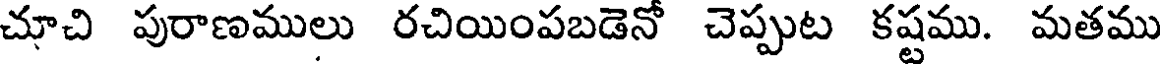
చూచి పురాణములు రచియింపబడెనో చెప్పుట కష్టము. మతము